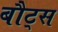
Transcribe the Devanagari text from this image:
बौट्स